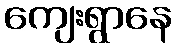
ကျေးရွာနေ